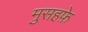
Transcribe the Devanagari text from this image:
मुसहफ़े